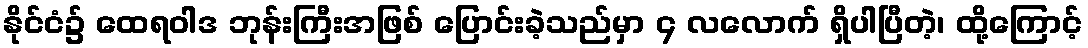
နိုင်ငံ၌ ထေရဝါဒ ဘုန်းကြီးအဖြစ် ပြောင်းခဲ့သည်မှာ ၄ လလောက် ရှိပါပြီတဲ့၊ ထို့ကြောင့်